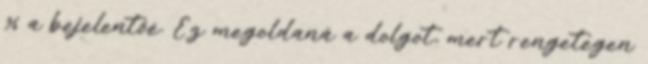
% a bejelentőé. Ez megoldaná a dolgot, mert rengetegen